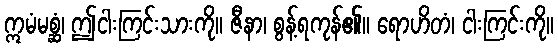
ဣမံမစ္ဆံ၊ ဤငါးကြင်းသားကို။ ဇီနာ၊ စွန့်ရကုန်၏။ ရောဟိတံ၊ ငါးကြင်းကို။